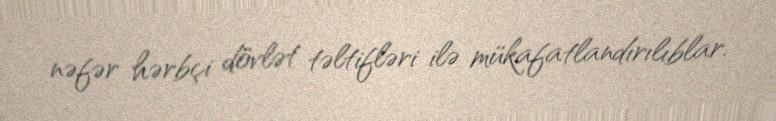
nəfər hərbçi dövlət təltifləri ilə mükafatlandırılıblar.